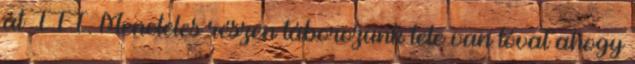
át III. Meneteles részen táborozunk tele van lóval ahogy